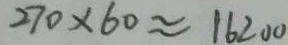
2 7 0 \times 6 0 \approx 1 6 2 0 0